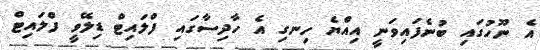
އެ ނޫހުގައި ބުނެފައިވަނީ އިއްޔެ ހިނގި އެ ހާދިސާގައި ފްލައިޓް ޑިލޭވީ ފްލައިޓް